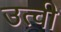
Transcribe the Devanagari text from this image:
उत्वी